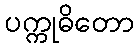
ပက္ကုဓိတော